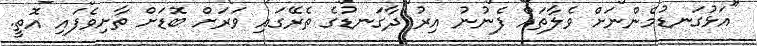
"އަޅުގަނޑުމެންނަށް ވެލާތައް ފެނުނު އިރު ދާގަނޑުގެ ތެރޭގައި ވަރަށް ބޮޑަށް ތާށިވެފައި އޮތީ.